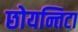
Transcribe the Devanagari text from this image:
छोयन्तिटा